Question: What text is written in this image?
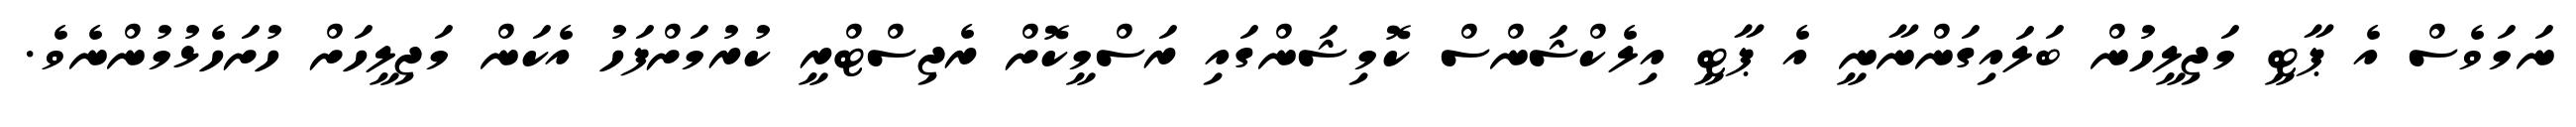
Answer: ނަމަވެސް އެ ޕާޓީ މަޖިލީހުން ބަލައިގަންނާނީ އެ ޕާޓީ އިލެކްޝަންސް ކޮމިޝަންގައި ރަސްމީކޮށް ރެޖިސްޓްރީ ކުރުމަށްފަހު އެކަން މަޖިލީހަށް ހުށަހެޅުމުންނެވެ.